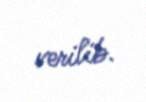
verilib.